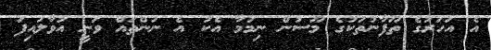
އެ އަހަރުގެ ތޫފާނުތަކުގެ މޫސުން ނިމުމާ އެކު އެ ނަންތައް ވަނީ އުވާލައިފަ